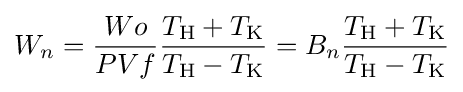
W_{n}={\frac {Wo}{PVf}}{\frac {T_{\text{H}}+T_{\text{K}}}{T_{\text{H}}-T_{\text{K}}}}=B_{n}{\frac {T_{\text{H}}+T_{\text{K}}}{T_{\text{H}}-T_{\text{K}}}}